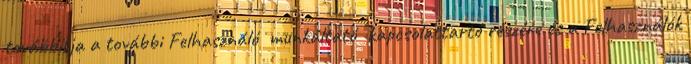
továbbítja a további Felhasználó munkáltató kapcsolattartó részére és a Felhasználók